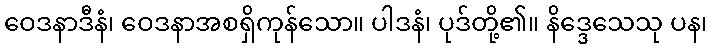
ဝေဒနာဒီနံ၊ ဝေဒနာအစရှိကုန်သော။ ပါဒနံ၊ ပုဒ်တို့၏။ နိဒ္ဒေသေသု ပန၊